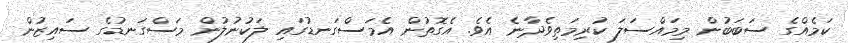
ކަމެއްގެ ސަބަބުން މިމައްސަލަ ކުރިމަތިވެދާނެ އެވެ. އެގޮތުން އެމަސްގަނޑުގައި ލަކުނުލުން މަސްގަނޑުގެ ސައިޒުން